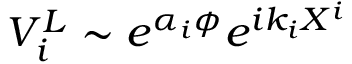
V _ { i } ^ { L } \sim e ^ { \alpha _ { i } \phi } e ^ { i k _ { i } X ^ { i } }